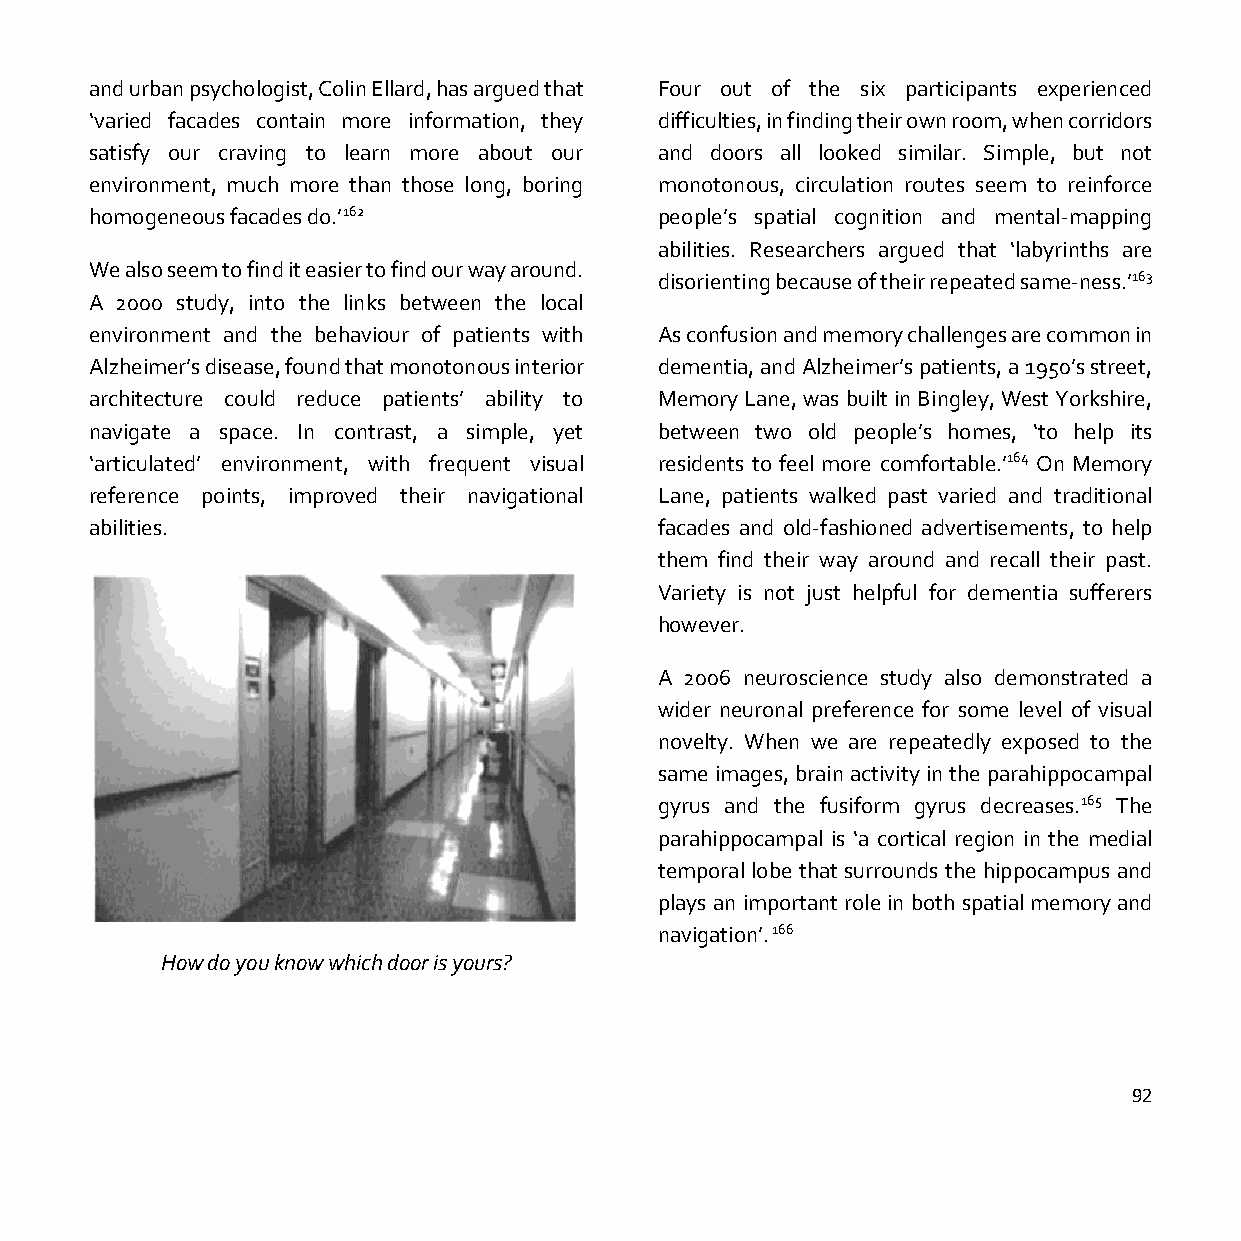
and urban psychologist, Colin Ellard, has argued that Four out of the six participants experienced
 ‘varied facades contain more information, they difficulties, in finding their own room, when corridors
 satisfy our craving to learn more about our and doors all looked similar. Simple, but not
 environment, much more than those long, boring monotonous, circulation routes seem to reinforce
 homogeneous facades do.’162           people’s spatial cognition and mental-mapping
 abilities. Researchers argued that ‘labyrinths are
 We also seem to find it easier to find our way around.
 disorienting because of their repeated same-ness.’163
 A 2000 study, into the links between the local
 environment and the behaviour of patients with As confusion and memory challenges are common in
 Alzheimer’s disease, found that monotonous interior dementia, and Alzheimer’s patients, a 1950’s street,
 architecture could reduce patients’ ability to Memory Lane, was built in Bingley, West Yorkshire,
 navigate a space. In contrast, a simple, yet between two old people’s homes, ‘to help its
 ‘articulated’ environment, with frequent visual residents to feel more comfortable.’164 On Memory
 reference points, improved their navigational Lane, patients walked past varied and traditional
 abilities.                            facades and old-fashioned advertisements, to help
 them find their way around and recall their past.
 Variety is not just helpful for dementia sufferers
 however.
 A 2006 neuroscience study also demonstrated a
 wider neuronal preference for some level of visual
 novelty. When we are repeatedly exposed to the
 same images, brain activity in the parahippocampal
 gyrus and the fusiform gyrus decreases.165 The
 parahippocampal is ‘a cortical region in the medial
 temporal lobe that surrounds the hippocampus and
 plays an important role in both spatial memory and
 navigation’. 166
 How do you know which door is yours?
 92